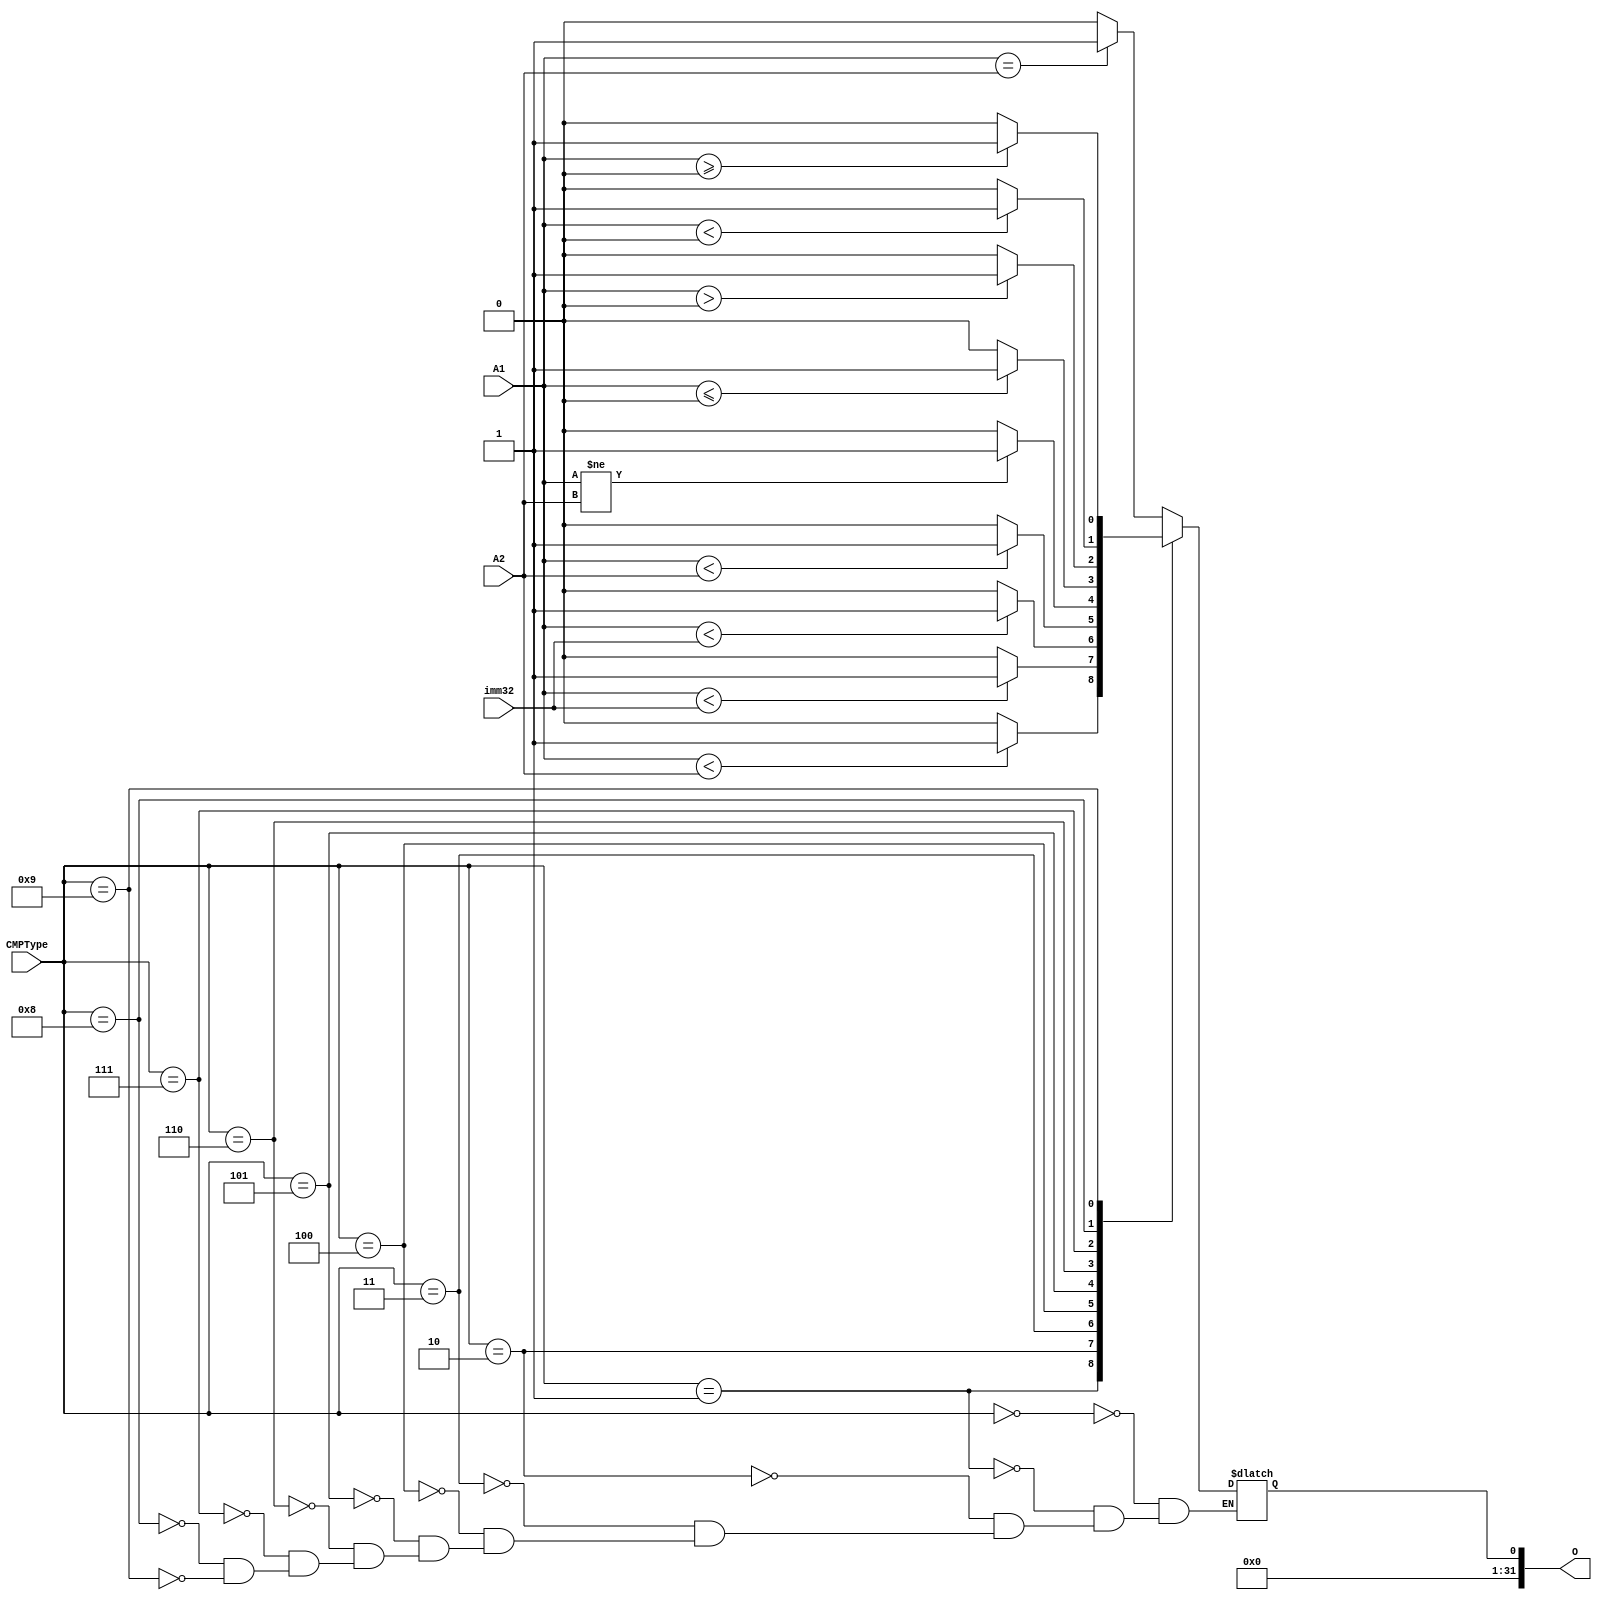
`timescale 1ns / 1ps
//////////////////////////////////////////////////////////////////////////////////
// Company: 
// Engineer: 
// 
// Design Name: 
// Module Name:    CMP 
// Project Name: 
// Target Devices: 
// Tool versions: 
// Description: 
//
// Dependencies: 
//
// Revision: 
// Revision 0.01 - File Created
// Additional Comments: 
//
//////////////////////////////////////////////////////////////////////////////////
`define BEQ   4'b0000
`define SLT   4'b0001
`define SLTI  4'b0010
`define SLTIU 4'b0011
`define SLTU  4'b0100
`define BNE   4'b0101
`define BLEZ  4'b0110
`define BGTZ  4'b0111
`define BLTZ  4'b1000
`define BGEZ  4'b1001
module CMP(
    input [31:0] A1,
    input [31:0] A2,
	 input [31:0] imm32,
    input [3:0] CMPType,
    output reg [31:0] O
    );
	 initial begin
		O = 1'b0;
	 end
	 always@(*) begin
		case (CMPType)
			`BEQ: begin
				if (A1 == A2) begin
					O = 32'h00000001;
				end
				else begin
					O = 32'h00000000;
				end
			end
			`SLT: begin
				if ($signed(A1) < $signed(A2)) begin
					O = 32'h00000001;
				end
				else begin
					O = 32'h00000000;
				end
			end
			`SLTI: begin
				if ($signed(A1) < $signed(imm32)) begin
					O = 32'h00000001;
				end
				else begin
					O = 32'h00000000;
				end
			end
			`SLTIU: begin
				if (A1 < imm32) begin
					O = 32'h00000001;
				end
				else begin
					O = 32'h00000000;
				end
			end
			`SLTU: begin
				if (A1 < A2) begin
					O = 32'h00000001;
				end
				else begin
					O = 32'h00000000;
				end
			end
			`BNE: begin
				if (A1 != A2) begin
					O = 32'h00000001;
				end
				else begin
					O = 32'h00000000;
				end
			end
			`BLEZ: begin
				if ($signed(A1) <= $signed(0)) begin
					O = 32'h00000001;
				end
				else begin
					O = 32'h00000000;
				end
			end
			`BGTZ: begin
				if ($signed(A1) > $signed(0)) begin
					O = 32'h00000001;
				end
				else begin
					O = 32'h00000000;
				end
			end
			`BLTZ: begin
				if ($signed(A1) < $signed(0)) begin
					O = 32'h00000001;
				end
				else begin
					O = 32'h00000000;
				end
			end
			`BGEZ: begin
				if ($signed(A1) >= $signed(0)) begin
					O = 32'h00000001;
				end
				else begin
					O = 32'h00000000;
				end
			end
			default: begin
			end
		endcase
	 end

endmodule